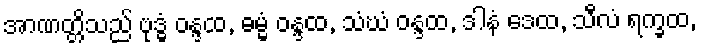
အာဏတ္တိသည် ဗုဒ္ဓံ ဝန္ဒထ, ဓမ္မံ ဝန္ဒထ, သံဃံ ဝန္ဒထ, ဒါနံ ဒေထ, သီလံ ရက္ခထ,